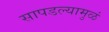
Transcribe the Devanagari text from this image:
सापडल्यामुळं